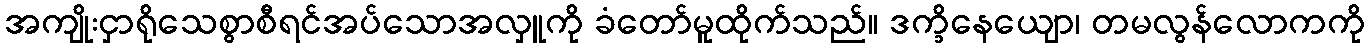
အကျိုးငှာရိုသေစွာစီရင်အပ်သောအလှူကို ခံတော်မူထိုက်သည်။ ဒက္ခိနေယျော၊ တမလွန်လောကကို